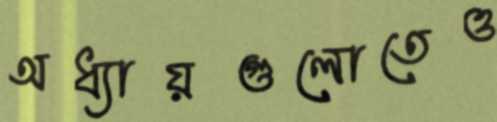
অধ্যায়গুলোতেও